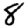
Digit: 8